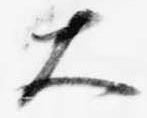
大